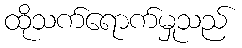
ထိုသက်ရောက်မှုသည်